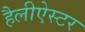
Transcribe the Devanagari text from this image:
हैलीऐस्टर